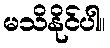
မသိနိုင်ပါ။